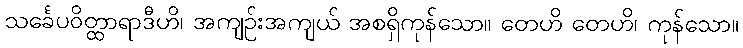
သင်္ခေပဝိတ္ထာရာဒီဟိ၊ အကျဉ်းအကျယ် အစရှိကုန်သော။ တေဟိ တေဟိ၊ ကုန်သော။